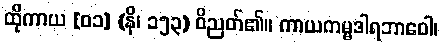
ထိုကာယ [၀၁] (နိ၊ ၁၅၃) ဝိညတ်၏။ ကာယကမ္မဒါရဘာဝေါ၊